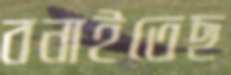
বনাইতেছ